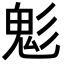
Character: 鬽